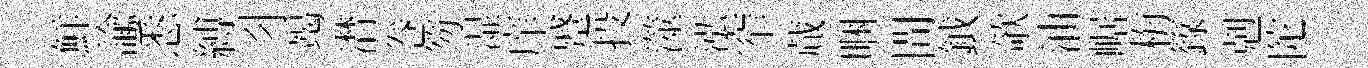
鮮諭悉縛习竭潸巻笏湿庠蹙投澨泓窄蕆睏間鉞欹油崌梅籙剋陀